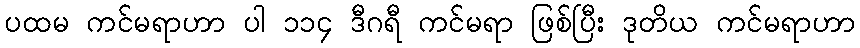
ပထမ ကင်မရာဟာ ပါ ၁၁၄ ဒီဂရီ ကင်မရာ ဖြစ်ပြီး ဒုတိယ ကင်မရာဟာ